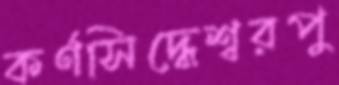
কর্ণসিদ্ধেশ্বরপু